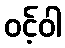
ဝင့်ဝါ